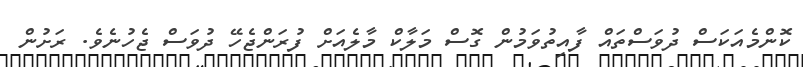
ކޮންމެއަކަސް ދުވަސްތައް ފާއިތުވަމުން ގޮސް މަލާކް މާލެއަށް ފުރަންޖެހޭ ދުވަސް ޖެހުނެވެ. ރަށުން